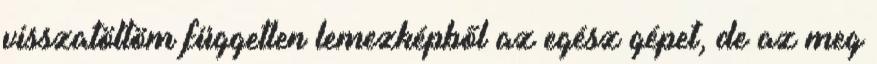
visszatöltöm független lemezképből az egész gépet, de az meg